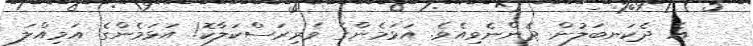
އެ ދެކަނބަލުން ދެންނެވިއެވެ. އަޅަމެންގެ ވެރިރަސްކަލާކޮ! އަޅަމެންގެ އަމިއްލަ